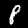
Label: 8